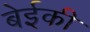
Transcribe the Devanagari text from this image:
बेईकी